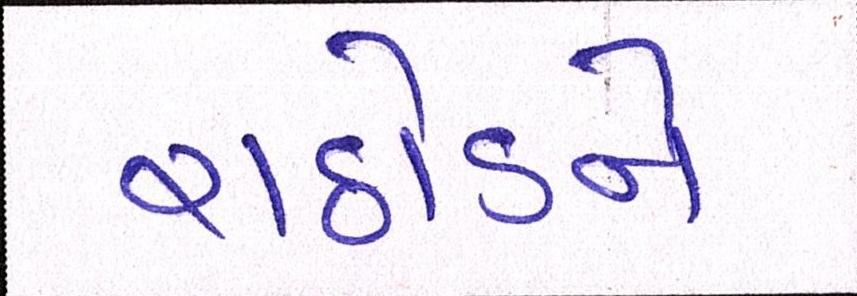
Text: રાઠોડને